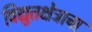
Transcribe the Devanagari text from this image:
विद्युतक्षेत्राचा